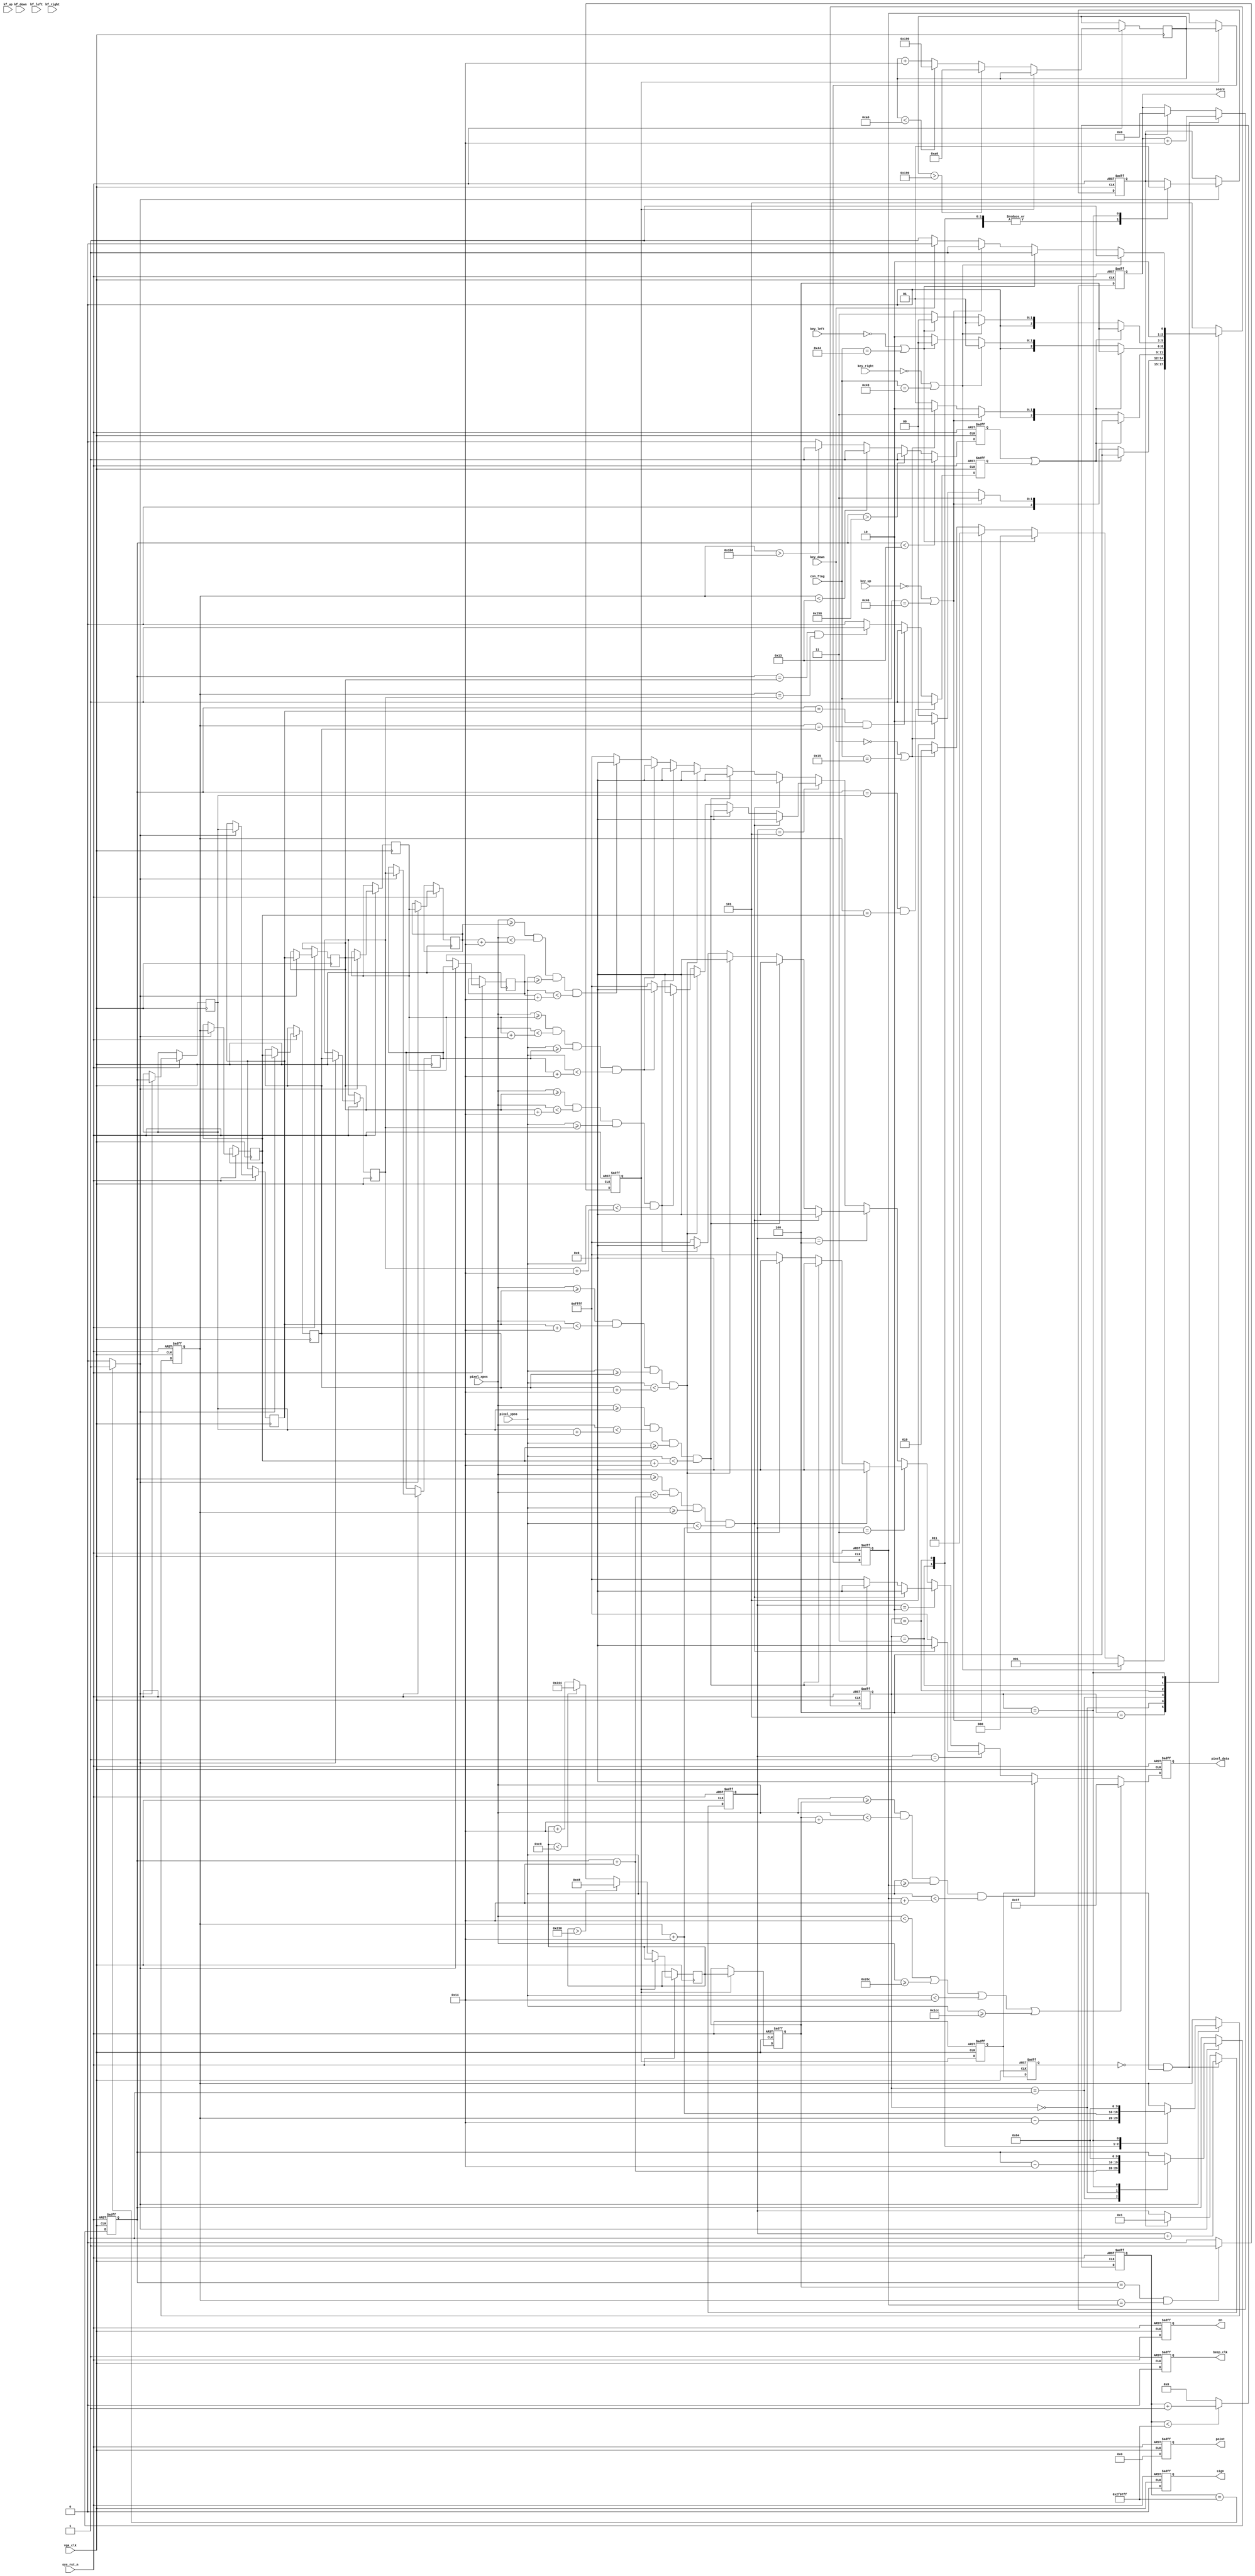
module vga_display(
    input                vga_clk,               //VGA驱动时钟
    input                sys_rst_n,             //复位信号
	 //按键输入
	input                 key_up,
	input                 kf_up,
	input                 key_down,
	input                 kf_down,
	input                 key_left,
	input                 kf_left,
	input                 key_right,
	input                 kf_right,
	//红外输入
	input      [ 7:0]     con_flag,             //红外控制信号
    //坐标输入
    input      [ 9:0]     pixel_xpos,           //像素点横坐标
    input      [ 9:0]     pixel_ypos,           //像素点纵坐标
    //数码信号输入
	output     reg        en,                   //数码管使能
	output     reg [ 5:0] point,                //小数点
	output     reg        sign,                 //数值正负
    output     reg [19:0] score,                //得分	
	//嗡鸣器输出
	output     reg        beep_clk,             // 嗡鸣器开始倒计时  
    //像素点输出	 
    output     reg [15:0] pixel_data            //像素点数据	
    );
//parameter define    
parameter  H_DISP      = 10'd640;                //分辨率——行
parameter  V_DISP      = 10'd480;                //分辨率——列
//snake_state
parameter  STATE_LEFT  = 3'b000;                 //蛇头向左运动的状态
parameter  STATE_RIGHT = 3'b001;                 //
parameter  STATE_DOWN  = 3'b010;                 //
parameter  STATE_UP    = 3'b011;                 //
parameter  STATE_DIE   = 3'b100;                 //
parameter  STATE_START = 3'b101;
//con_flag code 
parameter  TURN_LEFT   = 8'h44;
parameter  TURN_RIGHT  = 8'h43;
parameter  TURN_UP     = 8'h46;
parameter  TURN_DOWN   = 8'h15;

parameter  MAX_LEN     = 6;                       //蛇的最大长度

localparam SIDE_W      = 10'd20;                  //边框宽度
localparam BLOCK_W     = 10'd20;                  //方块宽度
localparam BLUE        = 16'b00000_000000_11111;  //边框颜色 蓝色
localparam WHITE       = 16'b11111_111111_11111;  //背景颜色 白色
localparam BLACK       = 16'b00000_000000_00000;  //方块颜色 黑色

//reg define
reg [ 2:0] cur_state;
reg [ 2:0] next_state;

reg [ 9:0] block_x[MAX_LEN-1:0];                   //蛇所有节点的x坐标，block_x[0]为蛇头x坐标
reg [ 9:0] block_y[MAX_LEN-1:0];                   //蛇所有节点的y坐标，block_y[0]为蛇头y坐标
reg [ 9:0] food_x;                                 //食物的x坐标
reg [ 9:0] food_y;                                 //食物的y坐标
reg [ 9:0] temp_food_x;                            //临时食物x坐标
reg [ 9:0] temp_food_y;                            //临时食物y坐标

reg [32:0] div_cnt;                                //时钟分频计数器
reg [ 9:0] cur_len;                                //蛇的当前长度

reg        hit_w;                                  //撞墙信号
reg        hit_self;                               //撞自己信号
reg        eated;                                  //吃到食物信号
reg        eated_f;
reg        eated_s;
reg        die;                                    //死亡信号
integer i;                                         //循环计数值

//wire define   
wire move_en;                                      //蛇移动使能信号，频率为100hz
wire pos_eated;
//*****************************************************
//**                    main code
//*****************************************************

//10ms产生一个脉冲信号,确定蛇的移动速度
assign move_en = (div_cnt == 22'd800000000 - 1'b1) ? 1'b1 : 1'b0;
assign pos_eated = (~eated_s) & eated_f;
//通过对vga驱动时钟计数，实现时钟分频
always @(posedge vga_clk or negedge sys_rst_n) begin         
    if (!sys_rst_n)
        div_cnt <= 22'd0;
    else begin
        if(div_cnt < 22'd800000000 - 1'b1) 
            div_cnt <= div_cnt + 1'b1;
        else
            div_cnt <= 22'd0;                     //计数达ms后清零
    end
end

//根据按键输入，改变移动方向
//状态机
always @ (posedge vga_clk or negedge sys_rst_n) begin
    if(!sys_rst_n)
        cur_state <= STATE_START;
    else
        cur_state <= next_state ;
end

always @(*) begin
    case(cur_state)
	      //next_state = STATE_RIGHT;
		    STATE_START : begin
			    if((key_right == 1'b0 ) || con_flag == TURN_RIGHT)                        //按下右键，水平向右
                    next_state = STATE_RIGHT ;               
                else if((key_left == 1'b0 ) || con_flag == TURN_LEFT)                    //按下左键，水平向左                                               
                    next_state = STATE_LEFT; 
			    else if((key_up == 1'b0 ) || con_flag == TURN_UP)                      //按下右键，水平向右
                    next_state = STATE_UP ;               
                else if((key_down == 1'b0 ) || con_flag == TURN_DOWN)                    //按下左键，水平向左                                               
                    next_state = STATE_DOWN;
			    else 
		            next_state = STATE_START;		
			end
			STATE_LEFT : begin
			    if(hit_w || hit_self)
				     next_state = STATE_DIE;
				else if(key_up == 1'b0 || con_flag == TURN_UP)         //按下up键，进入向上的状态，水平向上
                     next_state = STATE_UP ;               
                else if(key_down == 1'b0 || con_flag == TURN_DOWN)       //按下down键，进入向下的状态，水平向下                                               
                     next_state = STATE_DOWN;               
                else 
				     next_state = STATE_LEFT;
			end
		    STATE_RIGHT : begin
			    if(hit_w || hit_self)
				    next_state = STATE_DIE;
			    else if(key_up == 1'b0 || con_flag == TURN_UP)         //按下up键，水平向右
                    next_state = STATE_UP ;               
                else if(key_down == 1'b0 || con_flag == TURN_DOWN)       //按下down键，水平向左                                               
                    next_state = STATE_DOWN;               
                else 
				    next_state = STATE_RIGHT;
			end
		    STATE_DOWN : begin
			    if(hit_w || hit_self)
				    next_state = STATE_DIE;
				else if(key_right == 1'b0 || con_flag == TURN_RIGHT)      //按下右键，水平向右
                    next_state = STATE_RIGHT ;               
                else if(key_left == 1'b0 || con_flag == TURN_LEFT)       //按下左键，水平向左                                               
                    next_state = STATE_LEFT;               
                else 
				    next_state = STATE_DOWN;
				
		    end
	        STATE_UP : begin
			    if(hit_w || hit_self)
				    next_state = STATE_DIE;
				else if(key_right == 1'b0 || con_flag == TURN_RIGHT)      //按下右键，水平向右
                    next_state = STATE_RIGHT ;               
                else if(key_left == 1'b0 || con_flag == TURN_LEFT)       //按下左键，水平向左                                               
                    next_state = STATE_LEFT;               
                else 
				    next_state = STATE_UP;
	        end
			STATE_DIE : begin
			if(key_right == 1'b0 || con_flag == TURN_RIGHT)                        //按下右键，水平向右
                 next_state = STATE_START;            
            else if(key_left == 1'b0 || con_flag == TURN_LEFT)                    //按下左键，水平向左                                               
                 next_state = STATE_START;
			else if(key_up == 1'b0 || con_flag == TURN_UP)                      //按下右键，水平向右
                 next_state = STATE_START;              
            else if(key_down == 1'b0)                    //按下左键，水平向左                                               
                 next_state = STATE_START;
			else
	             next_state = STATE_DIE;		
			end
			
            default : begin
		        next_state = STATE_START;
            end		  
	 endcase 		
end 

//根据蛇头状态，改变其纵横坐标
always @(posedge vga_clk or negedge sys_rst_n) begin
    if(!sys_rst_n)begin
	     block_x[0] <= 22'd100;                     //蛇初始位置横坐标
         block_y[0] <= 22'd100;                     //蛇块初始位置纵坐标
		 die        <= 0;                           //死亡信号
	end
	else begin
	    if(move_en) begin
			case(cur_state)
				STATE_RIGHT : begin
				    die        <=  1'b0; 
					block_x[0] <= block_x[0] + 9'd20;
				end
				STATE_LEFT : begin
			        die        <=  1'b0; 	
					block_x[0] <= block_x[0] - 9'd20;	 			 
				end
				STATE_UP : begin
					die        <=  1'b0; 	
				    block_y[0] <= block_y[0] - 9'd20;		
				end
			    STATE_DOWN : begin
					 die        <=  1'b0;                       //发出死亡信号
					 block_y[0] <= block_y[0] + 9'd20;
				end
				STATE_DIE : begin
						 block_x[0] <= 22'd100;                     //蛇初始位置横坐标
						 block_y[0] <= 22'd100;                     //蛇块初始位置纵坐标
						 die        <=  1'b1;                       //发出死亡信号 
				end
				default : begin
					block_x[0] <= block_x[0];  
					block_y[0] <= block_y[0];					
				end 				
			endcase
			  //当运动信号使能时，依次更改每一个节点坐标，移动的本质就是重复上一个节点的动作，总的来说就是重复蛇头的动作  
			for(i = 0;i < MAX_LEN - 1;i = i + 1) begin 
					  block_x[i+1] <= block_x[i];  
					  block_y[i+1] <= block_y[i];	
			end			  
		 end
	     else begin 
	         block_x[0] <= block_x[0];  
			 block_y[0] <= block_y[0];	
		 end  
	 end
end 

//打印蛇，给不同的区域绘制不同的颜色
always @(posedge vga_clk or negedge sys_rst_n) begin         
    if (!sys_rst_n) 
        pixel_data <= BLACK;
    else begin
        if((pixel_xpos < SIDE_W) || (pixel_xpos >= H_DISP - SIDE_W)
          || (pixel_ypos < SIDE_W) || (pixel_ypos >= V_DISP - SIDE_W))
            pixel_data <= BLUE;                      //绘制边框为蓝色	
		else if((pixel_xpos >= food_x) && (pixel_xpos < food_x + BLOCK_W)
			     && (pixel_ypos >= food_y) && (pixel_ypos < food_y + BLOCK_W))
		         pixel_data <= BLACK;                //绘制食物方块为黑色
        else if(cur_len == 1) begin                    //绘制一节的蛇
		     if((pixel_xpos >= block_x[0]) && (pixel_xpos < block_x[0] + BLOCK_W)
			     && (pixel_ypos >= block_y[0]) && (pixel_ypos < block_y[0] + BLOCK_W))
			     pixel_data <= BLACK;                //绘制方块为黑色
		     else
                 pixel_data <= WHITE;                //绘制背景为白色
        end
		else if(cur_len == 2) begin                    //绘制两节的蛇
		      if((pixel_xpos >= block_x[0]) && (pixel_xpos < block_x[0] + BLOCK_W)
			       && (pixel_ypos >= block_y[0]) && (pixel_ypos < block_y[0] + BLOCK_W))
			       pixel_data <= BLACK;              //绘制方块为黑色
		      else
		      if((pixel_xpos >= block_x[1]) && (pixel_xpos < block_x[1] + BLOCK_W)
			       && (pixel_ypos >= block_y[1]) && (pixel_ypos < block_y[1] + BLOCK_W))
			       pixel_data <= BLACK;              //绘制方块为黑色
		      else
				    pixel_data <= WHITE;             //绘制背景为白色 
		end
		else if(cur_len == 3) begin                    //绘制三节蛇
		    if((pixel_xpos >= block_x[0]) && (pixel_xpos < block_x[0] + BLOCK_W)
			    && (pixel_ypos >= block_y[0]) && (pixel_ypos < block_y[0] + BLOCK_W))
			    pixel_data <= BLACK;                //绘制方块为黑色
		    else
		    if((pixel_xpos >= block_x[1]) && (pixel_xpos < block_x[1] + BLOCK_W)
			    && (pixel_ypos >= block_y[1]) && (pixel_ypos < block_y[1] + BLOCK_W))
			    pixel_data <= BLACK;                //绘制方块为黑色
		    else
		    if((pixel_xpos >= block_x[2]) && (pixel_xpos < block_x[2] + BLOCK_W)
			    && (pixel_ypos >= block_y[2]) && (pixel_ypos < block_y[2] + BLOCK_W))
			    pixel_data <= BLACK;                //绘制方块为黑色 
			else
		        pixel_data <= WHITE;                //绘制背景为白色 
	    end
        else if(cur_len == 4) begin	                                //绘制最上的4节蛇
		    if((pixel_xpos >= block_x[0]) && (pixel_xpos < block_x[0] + BLOCK_W)
			    && (pixel_ypos >= block_y[0]) && (pixel_ypos < block_y[0] + BLOCK_W))
			    pixel_data <= BLACK;                //绘制方块为黑色
		    else
		    if((pixel_xpos >= block_x[1]) && (pixel_xpos < block_x[1] + BLOCK_W)
			    && (pixel_ypos >= block_y[1]) && (pixel_ypos < block_y[1] + BLOCK_W))
			    pixel_data <= BLACK;                //绘制方块为黑色
		    else
		    if((pixel_xpos >= block_x[2]) && (pixel_xpos < block_x[2] + BLOCK_W)
			    && (pixel_ypos >= block_y[2]) && (pixel_ypos < block_y[2] + BLOCK_W))
			    pixel_data <= BLACK;                //绘制方块为黑色
		    else 
		    if((pixel_xpos >= block_x[3]) && (pixel_xpos < block_x[3] + BLOCK_W)
			    && (pixel_ypos >= block_y[3]) && (pixel_ypos < block_y[3] + BLOCK_W))
			    pixel_data <= BLACK;                //绘制方块为黑色
		    else
		        pixel_data <= WHITE;                //绘制背景为白色 
	    end
	    else if(cur_len == 5) begin
		    if((pixel_xpos >= block_x[0]) && (pixel_xpos < block_x[0] + BLOCK_W)
			    && (pixel_ypos >= block_y[0]) && (pixel_ypos < block_y[0] + BLOCK_W))
			    pixel_data <= BLACK;                //绘制方块为黑色
		    else
		    if((pixel_xpos >= block_x[1]) && (pixel_xpos < block_x[1] + BLOCK_W)
			    && (pixel_ypos >= block_y[1]) && (pixel_ypos < block_y[1] + BLOCK_W))
			    pixel_data <= BLACK;                //绘制方块为黑色
		    else
		    if((pixel_xpos >= block_x[2]) && (pixel_xpos < block_x[2] + BLOCK_W)
			    && (pixel_ypos >= block_y[2]) && (pixel_ypos < block_y[2] + BLOCK_W))
			    pixel_data <= BLACK;                //绘制方块为黑色
		    else 
		    if((pixel_xpos >= block_x[3]) && (pixel_xpos < block_x[3] + BLOCK_W)
			    && (pixel_ypos >= block_y[3]) && (pixel_ypos < block_y[3] + BLOCK_W))
			    pixel_data <= BLACK;                //绘制方块为黑色
			else
			if((pixel_xpos >= block_x[4]) && (pixel_xpos < block_x[4] + BLOCK_W)
			    && (pixel_ypos >= block_y[4]) && (pixel_ypos < block_y[4] + BLOCK_W))
				pixel_data <= BLACK;                //绘制方块为黑色
		    else
		        pixel_data <= WHITE;                //绘制背景为白色 
	    end	
		else begin
		    if((pixel_xpos >= block_x[0]) && (pixel_xpos < block_x[0] + BLOCK_W)
			    && (pixel_ypos >= block_y[0]) && (pixel_ypos < block_y[0] + BLOCK_W))
			    pixel_data <= BLACK;                //绘制方块为黑色
		    else
		    if((pixel_xpos >= block_x[1]) && (pixel_xpos < block_x[1] + BLOCK_W)
			    && (pixel_ypos >= block_y[1]) && (pixel_ypos < block_y[1] + BLOCK_W))
			    pixel_data <= BLACK;                //绘制方块为黑色
		    else
		    if((pixel_xpos >= block_x[2]) && (pixel_xpos < block_x[2] + BLOCK_W)
			    && (pixel_ypos >= block_y[2]) && (pixel_ypos < block_y[2] + BLOCK_W))
			    pixel_data <= BLACK;                //绘制方块为黑色
		    else 
		    if((pixel_xpos >= block_x[3]) && (pixel_xpos < block_x[3] + BLOCK_W)
			    && (pixel_ypos >= block_y[3]) && (pixel_ypos < block_y[3] + BLOCK_W))
			    pixel_data <= BLACK;                //绘制方块为黑色
			else
			if((pixel_xpos >= block_x[4]) && (pixel_xpos < block_x[4] + BLOCK_W)
			    && (pixel_ypos >= block_y[4]) && (pixel_ypos < block_y[4] + BLOCK_W))
				pixel_data <= BLACK;                //绘制方块为黑色
			else
			if((pixel_xpos >= block_x[5]) && (pixel_xpos < block_x[5] + BLOCK_W)
			    && (pixel_ypos >= block_y[5]) && (pixel_ypos < block_y[5] + BLOCK_W))
				pixel_data <= BLACK;                //绘制方块为黑色
		    else
		        pixel_data <= WHITE;                //绘制背景为白色 
		end
    end
end

//判断蛇是否撞墙
always @(posedge vga_clk or negedge sys_rst_n) begin         
    if (!sys_rst_n) begin
        hit_w <= 0;                                 //撞墙信号初始化    
    end
    else begin
        if(block_x[0] < SIDE_W - 1'b1)              //撞到左边界时
            hit_w <= 1'b1;               
        else                                        //撞到右边界时
        if(block_x[0] > H_DISP - SIDE_W - BLOCK_W)
            hit_w <= 1'b1;               
        else    
        if(block_y[0] < SIDE_W - 1'b1)             //撞到上边界时
            hit_w <= 1'b1;                
        else                                    
        if(block_y[0] > V_DISP - SIDE_W - BLOCK_W) //撞到下边界时
            hit_w <= 1'b1;               
        else
            hit_w <= 1'b0;
    end
end

//判断蛇是否撞到自己
always @(posedge vga_clk or negedge sys_rst_n) begin         
    if (!sys_rst_n) begin
        hit_self <= 0;                            //撞自己信号初始化    
    end
    else begin
        if(block_x[0]==block_x[1] && block_y[0] == block_y[1])
		    hit_self <= 1'b1;
		else
		if(block_x[0]==block_x[2] && block_y[0] == block_y[2])
		    hit_self <= 1'b1;
		else
		if(block_x[0]==block_x[3] && block_y[0] == block_y[3])
		    hit_self <= 1'b1;
		else
		    hit_self <= 0;	
    end
end

//随机生成食物坐标
//生成食物x坐标
always @(posedge vga_clk or negedge sys_rst_n) begin 
    if(!sys_rst_n) begin
	    food_x <= 200;
	end
	else begin
	    if(eated) begin
		    food_x <= temp_food_x;
		end
		else if(temp_food_x > 560)
		    temp_food_x <= 200;
		else if(temp_food_x < 200)
		    temp_food_x <= 580;
		else 
		    temp_food_x <= temp_food_x + 9'd20;
	end 
end 

//生成了食物y坐标
always @(posedge vga_clk or negedge sys_rst_n) begin 
    if(!sys_rst_n) begin
		food_y <= 200;
	end
	else begin
	    if(eated) begin
			food_y <= temp_food_y;
		end
		else if(temp_food_y > 400)
		    temp_food_y <= 160;
		else if(temp_food_y < 160)
		    temp_food_y <= 400;
		else 
			temp_food_y <= temp_food_y + 9'd20;
	end 
end

//对输入的eated信号延时打拍
always @(posedge vga_clk or negedge sys_rst_n) begin
    if(!sys_rst_n) begin
        eated_f <= 1'b0;
        eated_s <= 1'b0;
    end
    else begin
        eated_f <= eated;
        eated_s <= eated_f;
    end
end 

//判断是否吃到食物
always @(posedge vga_clk or negedge sys_rst_n) begin
    if(!sys_rst_n) begin
	    eated <= 0;
	end
    else 
    if(block_x[0]==food_x && block_y[0]==food_y) begin
		eated <= 1'b1;
	end 
	else
		eated <= 1'b0;		
end

//吃到食物就得分
always @(posedge vga_clk or negedge sys_rst_n) begin
    if(!sys_rst_n) begin
	    score <= 0;
		en    <= 0;
		point <= 6'b000000;
		sign  <= 0;		
	end
    else begin
		en    <= 1;
		point <= 6'b000000;
		sign  <= 0;	
		if(pos_eated)
			score <= score + 9'd20;
		else
		if(die) begin
			score <= 1'b0;
		end
		else
		    score <= score;
	end
end

//蛇的长度
always @(posedge vga_clk or negedge sys_rst_n) begin
    if(!sys_rst_n) begin
	    cur_len  <= 1'b1;
		beep_clk <= 1'b0;
	end
	else begin
		if(pos_eated) begin
			cur_len  <= cur_len + 1'b1;
		    beep_clk <= 1'b1;
		end
		else
		if(die) begin
			cur_len  <= 1'b1;
			beep_clk <= 1'b1;
		end
		else
		    cur_len  <= cur_len;
			beep_clk <= 1'b0;
	end
end

endmodule